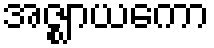
အဇ္ဈာယကော